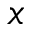
x